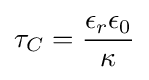
\tau _{C}={\epsilon _{r}\epsilon _{0} \over \kappa }